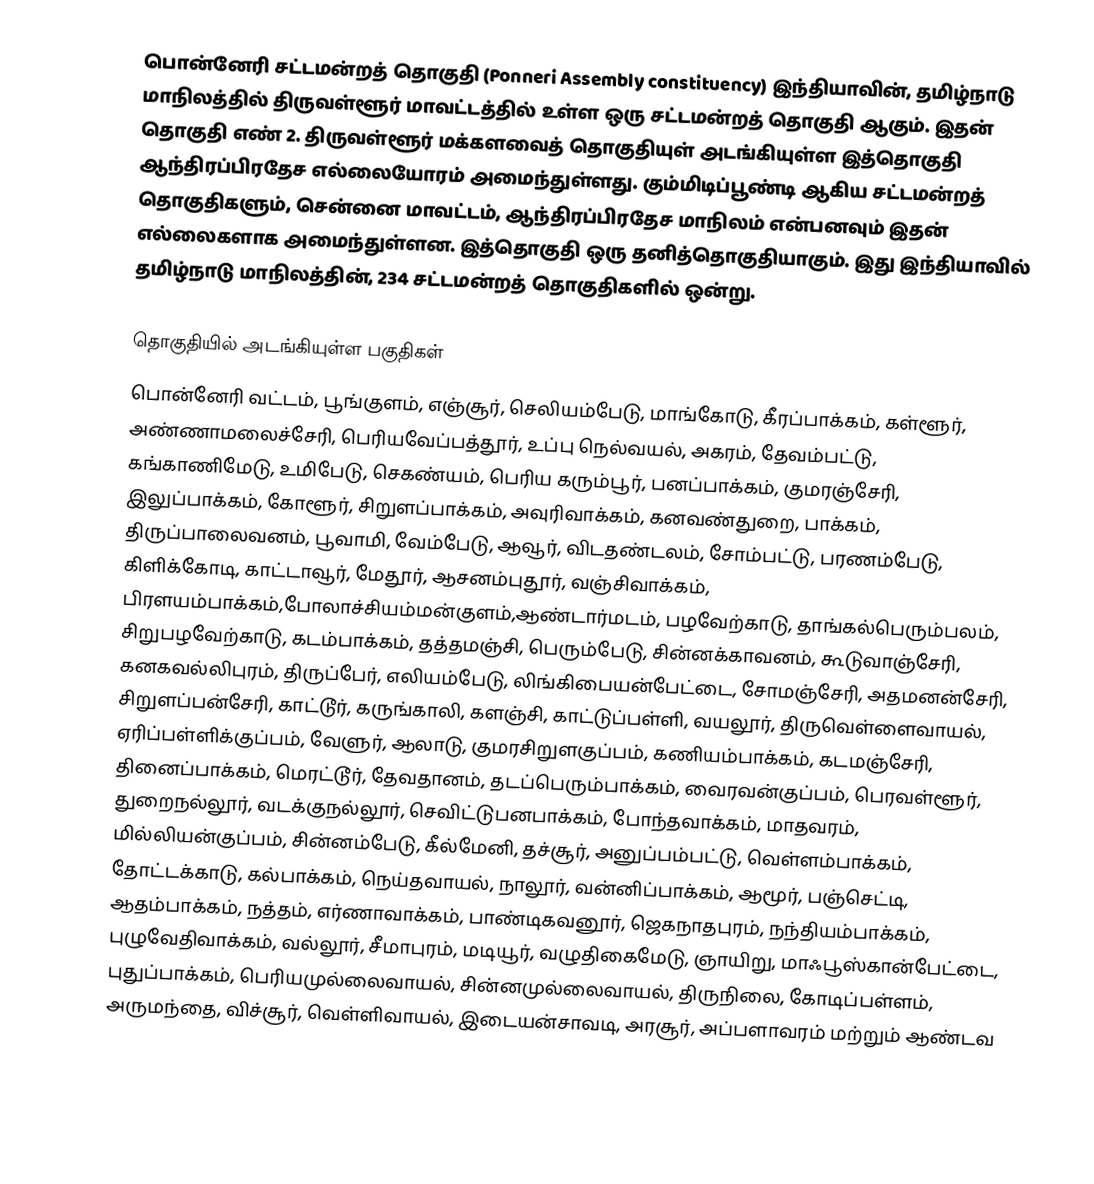
பொன்னேரி சட்டமன்றத் தொகுதி (Ponneri Assembly constituency) இந்தியாவின், தமிழ்நாடு மாநிலத்தில்  திருவள்ளூர் மாவட்டத்தில் உள்ள ஒரு சட்டமன்றத் தொகுதி ஆகும். இதன் தொகுதி எண் 2. திருவள்ளூர் மக்களவைத் தொகுதியுள் அடங்கியுள்ள இத்தொகுதி ஆந்திரப்பிரதேச எல்லையோரம் அமைந்துள்ளது. கும்மிடிப்பூண்டி ஆகிய சட்டமன்றத் தொகுதிகளும், சென்னை மாவட்டம், ஆந்திரப்பிரதேச மாநிலம் என்பனவும் இதன் எல்லைகளாக அமைந்துள்ளன. இத்தொகுதி ஒரு தனித்தொகுதியாகும். இது இந்தியாவில் தமிழ்நாடு மாநிலத்தின், 234 சட்டமன்றத் தொகுதிகளில் ஒன்று.

தொகுதியில் அடங்கியுள்ள பகுதிகள்
பொன்னேரி வட்டம், பூங்குளம், எஞ்சூர், செலியம்பேடு, மாங்கோடு, கீரப்பாக்கம், கள்ளூர், அண்ணாமலைச்சேரி, பெரியவேப்பத்தூர், உப்பு நெல்வயல், அகரம், தேவம்பட்டு, கங்காணிமேடு, உமிபேடு, செகண்யம், பெரிய கரும்பூர், பனப்பாக்கம், குமரஞ்சேரி, இலுப்பாக்கம், கோளூர், சிறுளப்பாக்கம், அவுரிவாக்கம், கனவண்துறை, பாக்கம், திருப்பாலைவனம், பூவாமி, வேம்பேடு, ஆவூர், விடதண்டலம், சோம்பட்டு, பரணம்பேடு, கிளிக்கோடி, காட்டாவூர், மேதூர், ஆசனம்புதூர், வஞ்சிவாக்கம், பிரளயம்பாக்கம்,போலாச்சியம்மன்குளம்,ஆண்டார்மடம், பழவேற்காடு, தாங்கல்பெரும்பலம், சிறுபழவேற்காடு, கடம்பாக்கம், தத்தமஞ்சி, பெரும்பேடு, சின்னக்காவனம், கூடுவாஞ்சேரி, கனகவல்லிபுரம், திருப்பேர், எலியம்பேடு, லிங்கிபையன்பேட்டை, சோமஞ்சேரி, அதமனன்சேரி, சிறுளப்பன்சேரி, காட்டூர், கருங்காலி, களஞ்சி, காட்டுப்பள்ளி, வயலூர், திருவெள்ளைவாயல், ஏரிப்பள்ளிக்குப்பம், வேளுர், ஆலாடு, குமரசிறுளகுப்பம், கணியம்பாக்கம், கடமஞ்சேரி, தினைப்பாக்கம், மெரட்டூர், தேவதானம், தடப்பெரும்பாக்கம், வைரவன்குப்பம், பெரவள்ளூர், துறைநல்லூர், வடக்குநல்லூர், செவிட்டுபனபாக்கம், போந்தவாக்கம், மாதவரம், மில்லியன்குப்பம், சின்னம்பேடு, கீல்மேனி, தச்சூர், அனுப்பம்பட்டு, வெள்ளம்பாக்கம், தோட்டக்காடு, கல்பாக்கம், நெய்தவாயல், நாலூர், வன்னிப்பாக்கம், ஆமூர், பஞ்செட்டி, ஆதம்பாக்கம், நத்தம், எர்ணாவாக்கம், பாண்டிகவனூர், ஜெகநாதபுரம், நந்தியம்பாக்கம், புழுவேதிவாக்கம், வல்லூர், சீமாபுரம், மடியூர், வழுதிகைமேடு, ஞாயிறு, மாஃபூஸ்கான்பேட்டை, புதுப்பாக்கம், பெரியமுல்லைவாயல், சின்னமுல்லைவாயல், திருநிலை, கோடிப்பள்ளம், அருமந்தை, விச்சூர், வெள்ளிவாயல், இடையன்சாவடி, அரசூர், அப்பளாவரம் மற்றும் ஆண்டவ